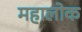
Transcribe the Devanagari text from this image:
महालोक